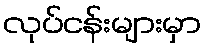
လုပ်ငန်းများမှာ